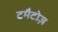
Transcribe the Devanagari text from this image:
टमैटोज़